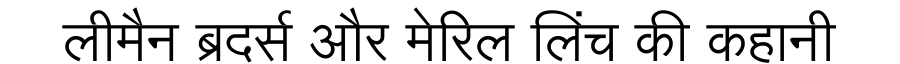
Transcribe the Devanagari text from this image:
लीमैन ब्रदर्स और मेरिल लिंच की कहानी